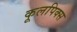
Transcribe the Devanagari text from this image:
कूलपिक्स